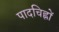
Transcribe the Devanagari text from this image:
पादचिह्नों